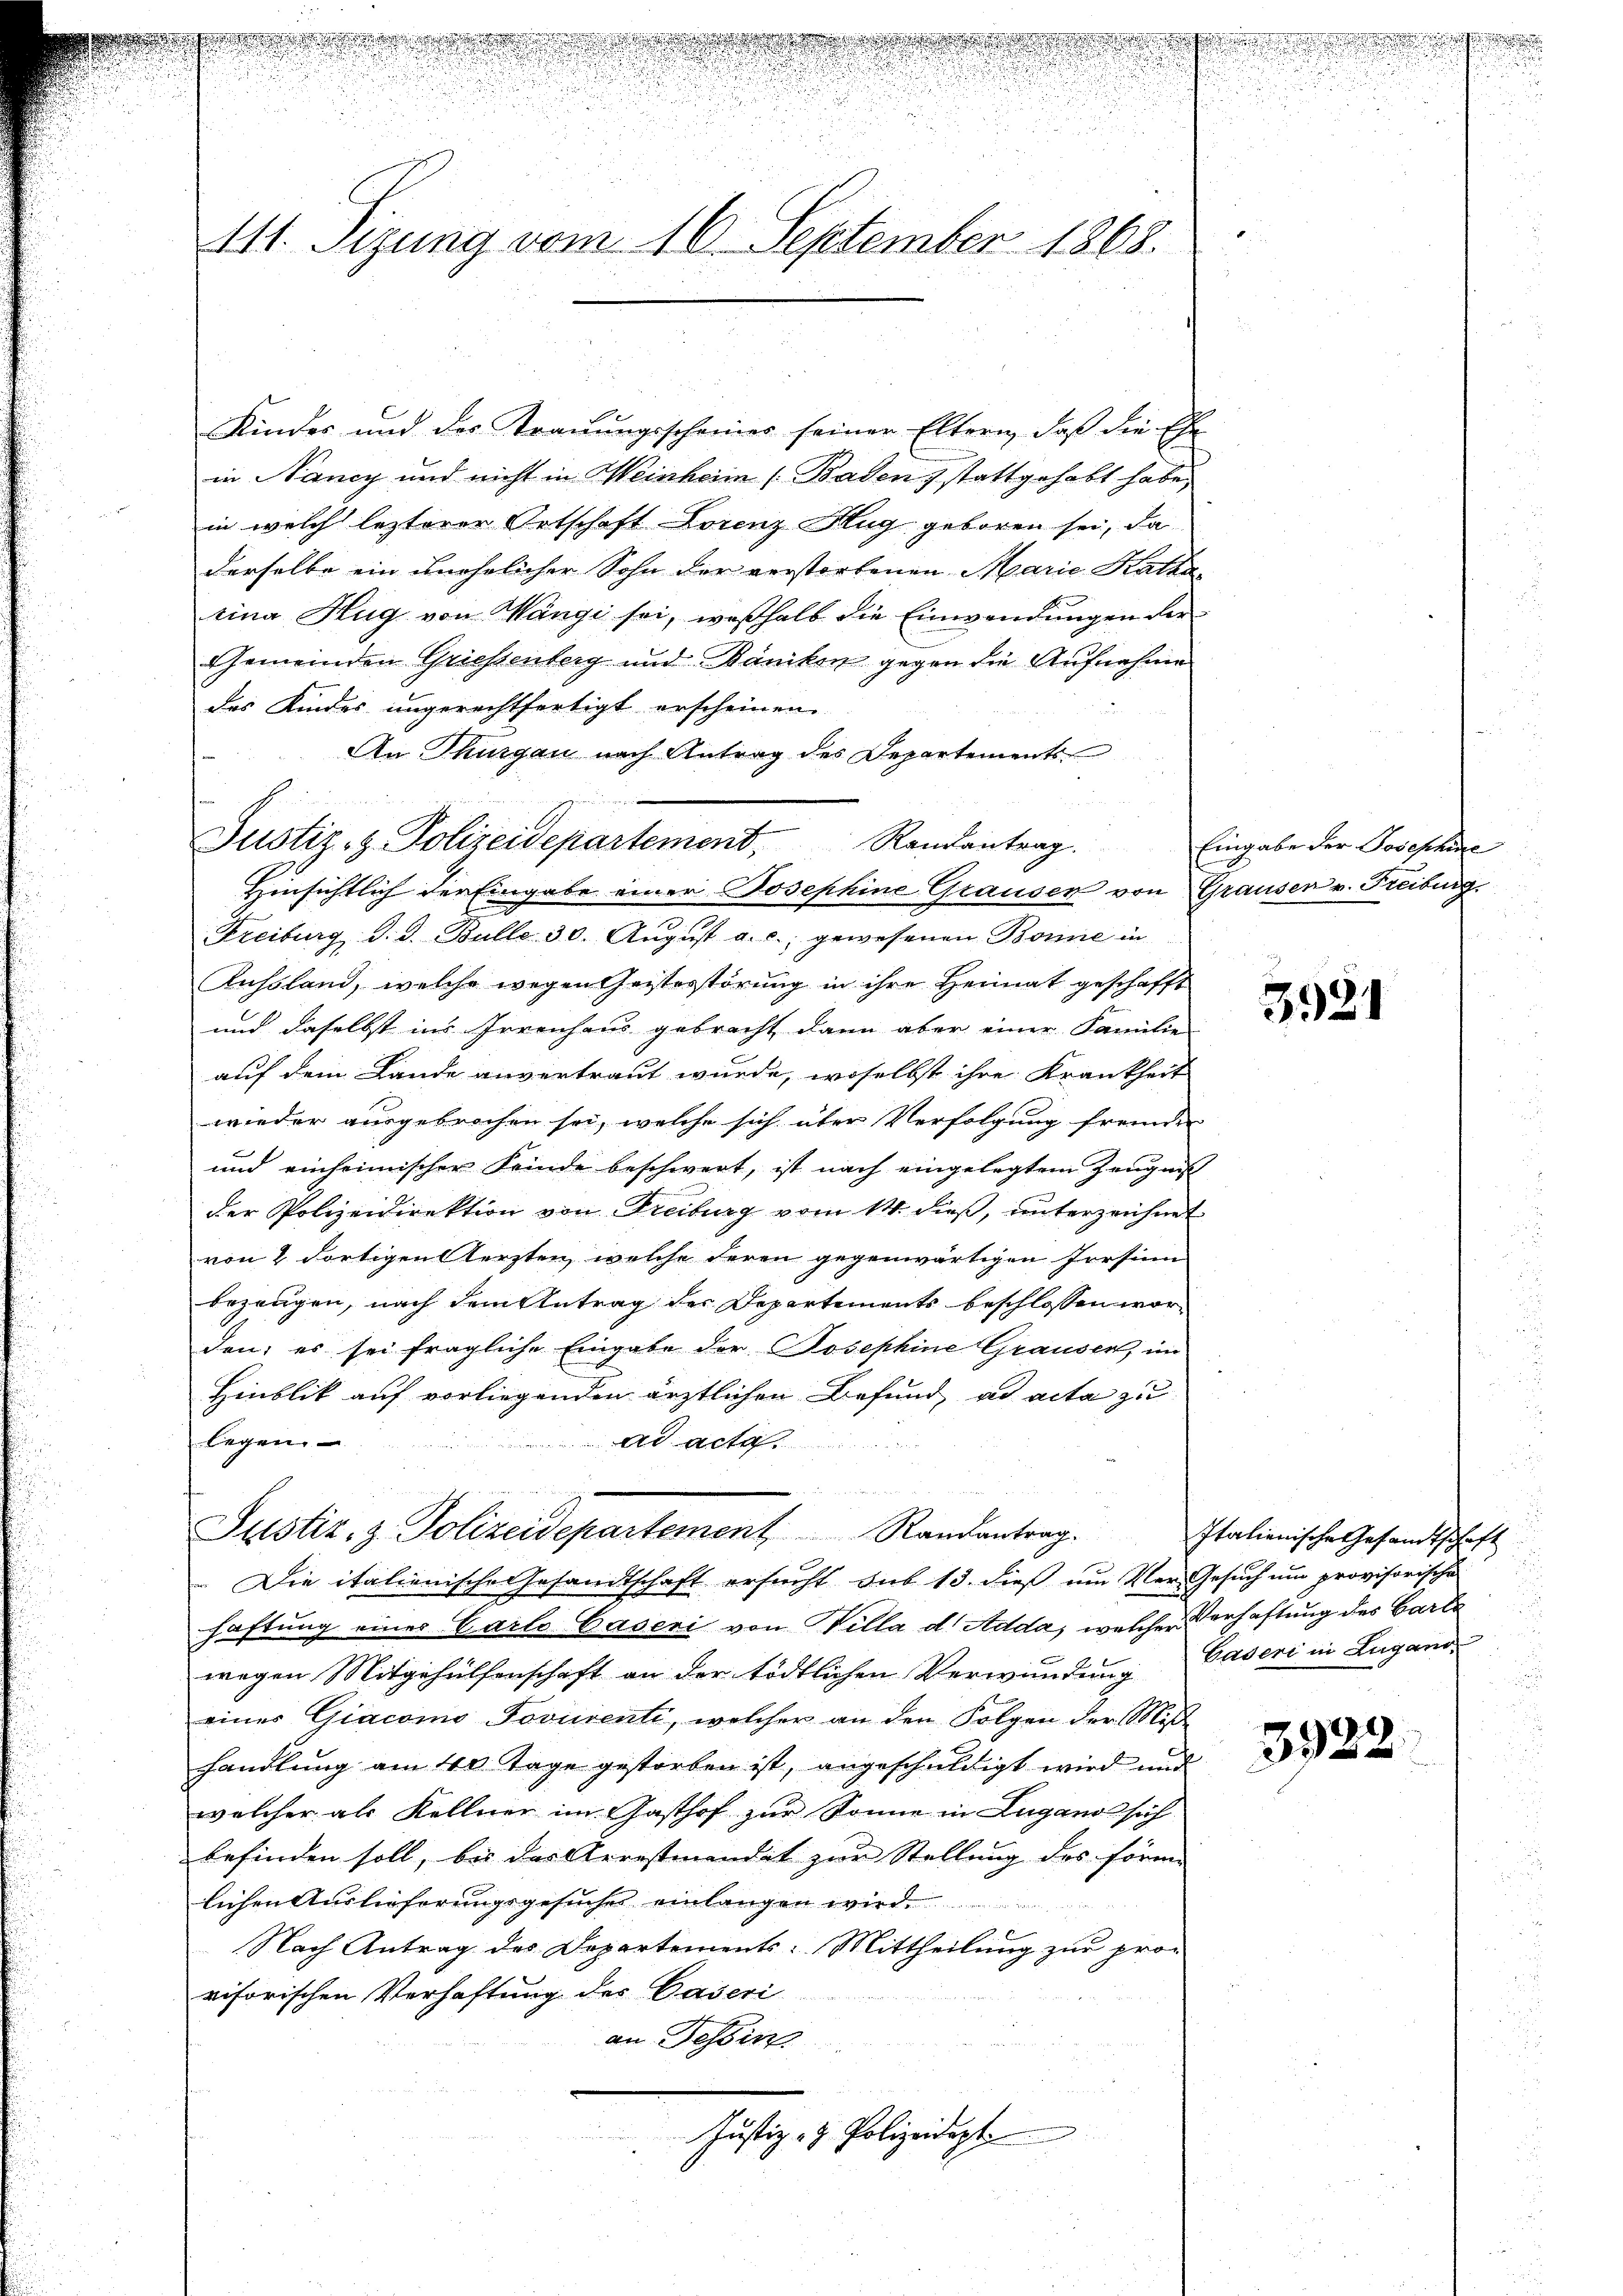
d

1
111. Sizung vom 16. September 1868.

Kindes und des Trauungsscheines seiner Eltern, daß die Ehe
in Nancy und nicht in Weinheim (Baden stattgehabt habe,
in welch lezterer Ortschaft Lorenz Hug geboren sei, da
derselbe ein unehelicher Sohn der verstorbenen Marie Katha
rina Hug von Wange sei, weßhalb die Einwendungen der
Gemeinden Griessenberg und Bänikon gegen die Aufnahme
des Kindes ungerechtfertigt erscheinen.
An Thurgau nach Antrag des Departements
Justiz- & Polizeidepartement, Randantrag.
Hinsichtlich der Eingabe einer Josephine Grauser von Grausen v. Freiburg.
Freiburg d. d. Bulle 30. August a. c., gewesenen Bonne in
Aussland, welche wegen Geistesstörung in ihre Heimat geschafft
und daselbst ins Irrenhaus gebracht dann aber einer Familie
auf dem Lande anvertraut wurde, woselbst ihre Krankheit
wieder ausgebrochen sei, welche sich über Verfolgung fremden
und einheimischer Feinde beschwert, ist nach eingelegtem Zeugnis
der Polizeidirektion von Freiburg vom 14. dieß, unterzeichnet
von 2 dortigen Aerzten, welche deren gegenwärtigen Porsinn
bezeugen, nach dem Antrag der Departements beschlossen worden; es sei fragliche Eingabe der Josephine Grauser, im
Hinblik auf vorliegenden ärztlichen Befund ad acta zu
legen.
ad acta

Justiz, z. Polizeidepartement Randantrag.
Die italienische Gesandtschaft ersucht sub 13. dieß um Ver- Gesuch um provisorische
haftung einer Garte Caseri von Villa d. Adda, welcher Verhaftung des Garte
wegen Mitgehülfenschaft an der tödtlichen Verwundung Caseri in Lugand
eines Giacomo Jovuventi, welcher an den Folgen der Miß-
handlung am 40 Tage gestorben ist, angeschuldigt wird und
welcher als Kellner im Gasthof zur Sonne in Lugano sich
befinden soll, bis das Arrestmandet zur Stellung des förmi
lichen Auslieferungsgesuches einlangen wird.
Nach Antrag des Departements-Mittheilung zur pro-
visorischen Verhaftung des Caseri
an Tessin
Justiz- & Polizeidept

Eingabe der Josephine

3931

Italienische Gesandtschaft
u

3922.